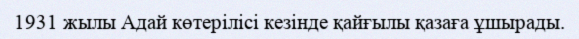
1931 жылы Адай көтерілісі кезінде қайғылы қазаға ұшырады.